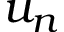
u _ { n }